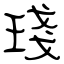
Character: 琖